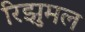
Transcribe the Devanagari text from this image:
रिझुमल